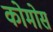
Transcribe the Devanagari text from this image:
कोमोस